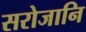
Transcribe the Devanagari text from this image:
सरोजानि